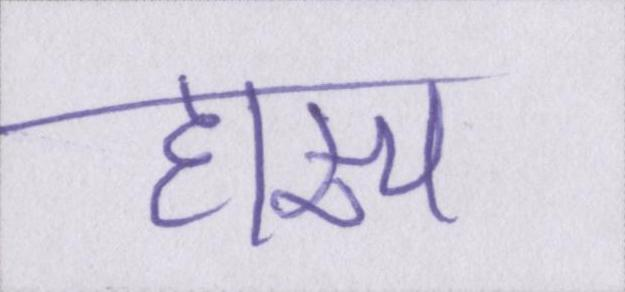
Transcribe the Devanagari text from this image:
हास्य